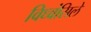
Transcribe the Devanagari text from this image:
विध्वंसिले